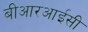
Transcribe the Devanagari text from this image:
बीआरआईसी